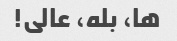
ها، بله، عالی!